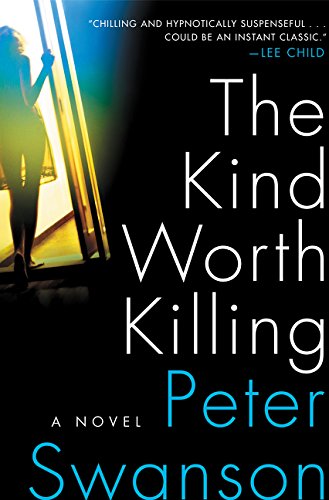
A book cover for The Kind Worth Killing: A Novel; Peter Swanson; Mystery, Thriller & Suspense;